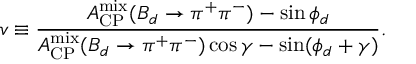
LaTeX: v \equiv \frac { { \cal A } _ { \mathrm { C P } } ^ { \mathrm { m i x } } ( B _ { d } \to \pi ^ { + } \pi ^ { - } ) - \sin \phi _ { d } } { { \cal A } _ { \mathrm { C P } } ^ { \mathrm { m i x } } ( B _ { d } \to \pi ^ { + } \pi ^ { - } ) \cos \gamma - \sin ( \phi _ { d } + \gamma ) } .